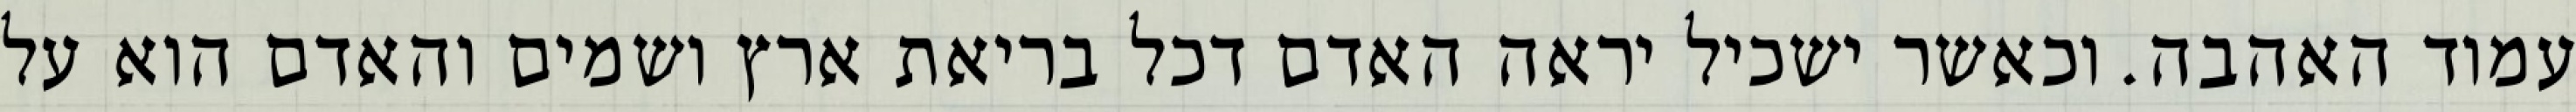
עמוד האהבה. וכאשר ישכיל יראה האדם דכל בריאת ארץ ושמים והאדם הוא על